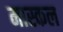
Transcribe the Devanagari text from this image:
मास्कल